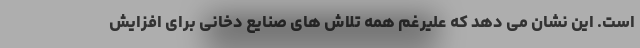
است. این نشان می ‌دهد که علیرغم همه تلاش های صنایع دخانی برای افزایش